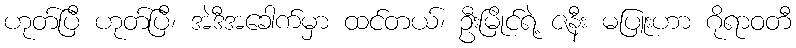
ဟုတ်ပြီ ဟုတ်ပြီ၊ အဲဒီအခေါက်မှာ ထင်တယ်၊ ဦးမြိုင်ရဲ့ ဇနီး မပြူးဟာ ဂိုရာဝတီ